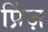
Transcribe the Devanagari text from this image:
प्रिंज़